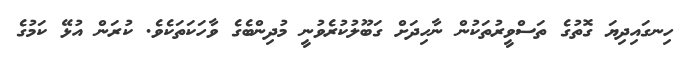
ހިނގައިދިޔަ ގޮތުގެ ތަސްވީރުތަކުން ނާހިދަށް ގަބޫލުކުރެވުނީ މުދިންބެގެ ވާހަކަތަކެވެ. ކުރަން އުޅޭ ކަމުގެ